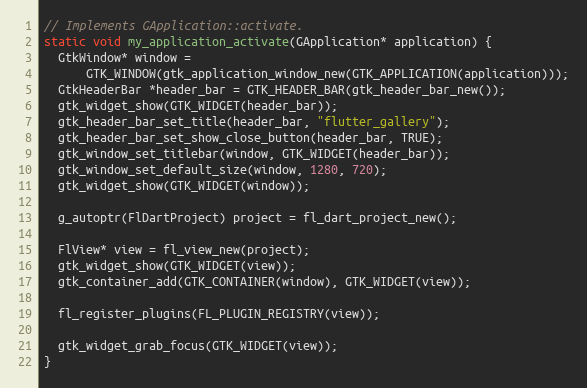
Language: C++
// Implements GApplication::activate.
static void my_application_activate(GApplication* application) {
  GtkWindow* window =
      GTK_WINDOW(gtk_application_window_new(GTK_APPLICATION(application)));
  GtkHeaderBar *header_bar = GTK_HEADER_BAR(gtk_header_bar_new());
  gtk_widget_show(GTK_WIDGET(header_bar));
  gtk_header_bar_set_title(header_bar, "flutter_gallery");
  gtk_header_bar_set_show_close_button(header_bar, TRUE);
  gtk_window_set_titlebar(window, GTK_WIDGET(header_bar));
  gtk_window_set_default_size(window, 1280, 720);
  gtk_widget_show(GTK_WIDGET(window));

  g_autoptr(FlDartProject) project = fl_dart_project_new();

  FlView* view = fl_view_new(project);
  gtk_widget_show(GTK_WIDGET(view));
  gtk_container_add(GTK_CONTAINER(window), GTK_WIDGET(view));

  fl_register_plugins(FL_PLUGIN_REGISTRY(view));

  gtk_widget_grab_focus(GTK_WIDGET(view));
}